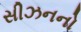
સીઝનનો